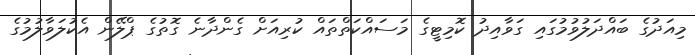
މިއަދުގެ ބައްދަލުވުމުގައި ގަވާއިދު ކޮމިޓީގެ މަސައްކަތްތައް ކުރިއަށް ގެންދާނެ ގޮތުގެ ޕްލޭން އެކުލަވާލުމުގެ